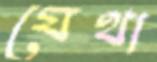
যেথা